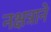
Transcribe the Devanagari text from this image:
नक्षत्राने